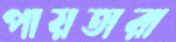
পায়তারা